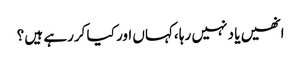
انھیں یا د نہیں رہا ،کہاں اور کیا کررہے ہیں ؟